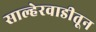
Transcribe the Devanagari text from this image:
साल्हेरवाडीतून